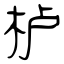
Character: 栌